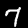
Digit: 7